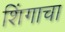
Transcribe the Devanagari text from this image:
शिंगाचा